Report of an investigation into the causes of the diseases known in Assam as Kála-Azár and Beri-Beri
Disease focus: Beri-Beri
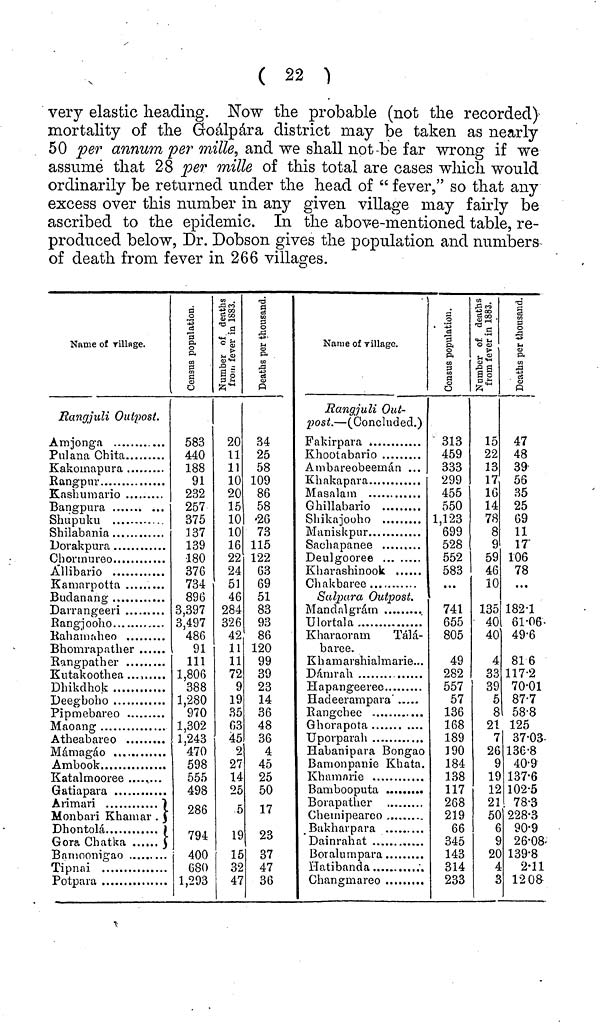
( 22 )
very elastic heading. Now the probable (not the recorded)
mortality of the Goálpára district may be taken as nearly
50 per annum per mille, and we shall not be far wrong if we
assume that 28 per mille of this total are cases which would
ordinarily be returned under the head of " fever," so that any
excess over this number in any given village may fairly be
ascribed to the epidemic. In the above-mentioned table, re-
produced below, Dr. Dobson gives the population and numbers
of death from fever in 266 villages.
Name of village.
Rangjuli Outpost.
Amjonga
Pulana Chita
Kakomapura
Bangpur
Bangpura
Shupuku
Allibario
Kamarpotta
Darrangeeri
Rangjooho
Rahamaheo
Bhomrapather
Rangpather
Kutakoothea .........
Dhikdhok
Deegboho
Pipmebareo
Maoang
Mámagáo
Ambook
Katalmooree ........
Arimari
Monbari Khamar . $
Dhontolá
Gora Chatka
Bamoonigao
Tipnai
Potpara
583
440
188
91
232
257
375
137
139
180
376
734
896
3,397
3,497
486
91
111
1,806
388
1.280
970
1,302
1,243
470
598
555
498
286
794
400
680
1,293
20
11
11
10
20
15
10
10
16
22
24
51
46
284
326
42
11
11
72
9
19
35
63
45
2
27
14
25
15
32
47
34
25
58
109
86
58
26
73
115
122
63
69
51
83
93
86
120
99
39
23
14
36
48
36
4
45
25
50
23
37
47
36
Name of village.
Rangjuli Out-
post. — (Concluded.)
Fakirpara
Khootabario
Ambareobeemán ...
Khakapara
Masalam
Ghillabario
Shikajooho
Maniskpur
Sachapanee
Deulgooree
Kharashinook
Chakbaree
Salpara Outpost.
Mandalgrám
Ulortala
Kharaoram
Tálá-
baree.
Khamarshialmarie...
Dámrah
Hapangeeree
Hadeerampara
Rangchee
Ghorapota
Uporparah
Habanipara Bongao
Banionpanie Khata.
Khamarie
Borapather
Chemipearco
Bakharpara
Dainrahat
Boralumpara
Hatibanda
.
313
459
333
299
455
550
1,123
699
528
552
583
741
655
805
49
282
557
57
136
168
189
190
184
138
117
268
219
66
345
143
314
233
15
22
13
17
16
14
78
8
9
59
46
10
135
40
40
4
33
39
5
8
21
7
26
9
19
12
21
50
6
20
4
47
48
39
56
35
25
69
11
17
106
78
...
182·1
61·06
49·6
81 6
117·2
70·01
87·7
58·8
125
37·03
136·8
40·9
137·6
102·5
78·3
228·3
90·9
26·08
139·8
2·11
1208